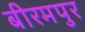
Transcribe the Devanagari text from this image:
बीरमपुर